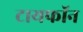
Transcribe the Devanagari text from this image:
टायफॉन